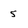
Character: 5